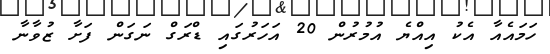
ހަމައެއާ އެކު އިއްޔެ އުމުރުން 20 އަހަރުގައި ޑްރަގް ނަގަން ފަށާ ޒުވާނާ